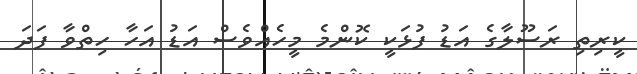
ކީރިތި ރަސޫލާގެ އަޑު ފުޅަކީ ކޮންމެ މީހެއްވެސް އަޑު އަހާ ހިތްވާ ފަދަ